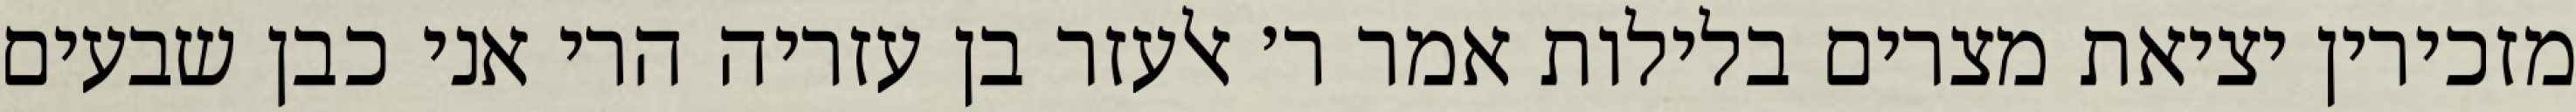
מזכירין יציאת מצרים בלילות אמר ר׳ אלעזר בן עזריה הרי אני כבן שבעים